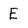
Character: E